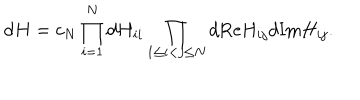
LaTeX: \mathrm { d } H = c _ { N } \prod _ { i = 1 } ^ { N } \mathrm { d } H _ { i i } \prod _ { 1 \leq i < j \leq N } \mathrm { d } \mathrm { R e } H _ { i j } \mathrm { d } \mathrm { I m } H _ { i j } .